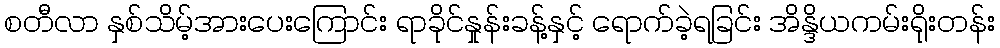
စတီလာ နှစ်သိမ့်အားပေးကြောင်း ရာခိုင်နှုန်းခန့်နှင့် ရောက်ခဲ့ရခြင်း အိန္ဒိယကမ်းရိုးတန်း